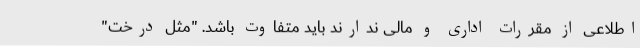
اطلاعی از مقررات اداری و مالی ندارند باید متفاوت باشد. "مثل درخت"